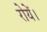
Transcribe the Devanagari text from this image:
रोयें।